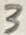
Text: 3